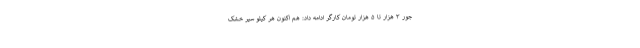
جور ۳ هزار تا ۵ هزار تومان کارگر ادامه داد: هم اکنون هر کیلو سیر خشک